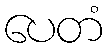
ပေတံ